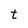
Character: t